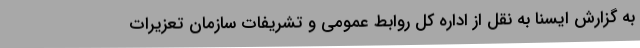
به گزارش ایسنا به نقل از اداره کل روابط عمومی و تشریفات سازمان تعزیرات